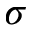
\boldsymbol { \sigma }